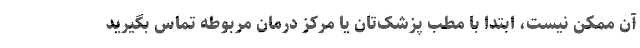
آن ممکن نیست، ابتدا با مطب پزشک‌تان یا مرکز درمان مربوطه تماس بگیرید